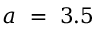
a \ = \ 3 . 5